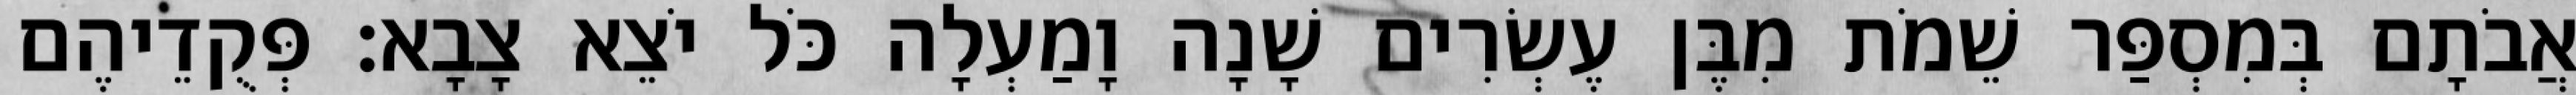
אֲבֹתָם בְּמִסְפַּר שֵׁמֹת מִבֶּן עֶשְׂרִים שָׁנָה וָמַעְלָה כֹּל יֹצֵא צָבָא׃ פְּקֻדֵיהֶם